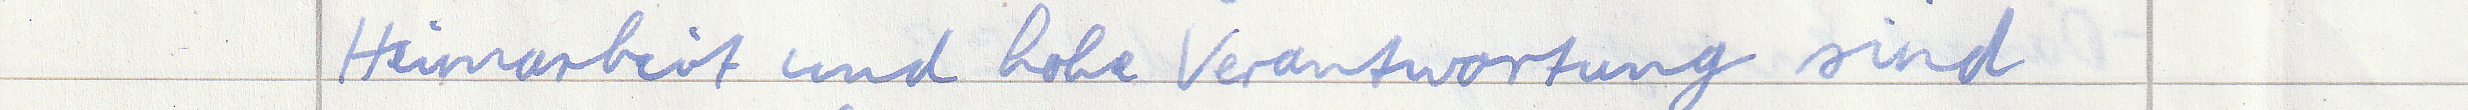
Heimarbeit und hohe Verantwortung sind